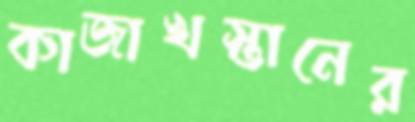
কাজাখস্তানের